Newspaper: The weekly Ottumwa courier. [volume]
Place of publication: Ottumwa, Iowa
Publisher: J.W. & G.P. Norris
Date: 1860-02-02 00:00:00
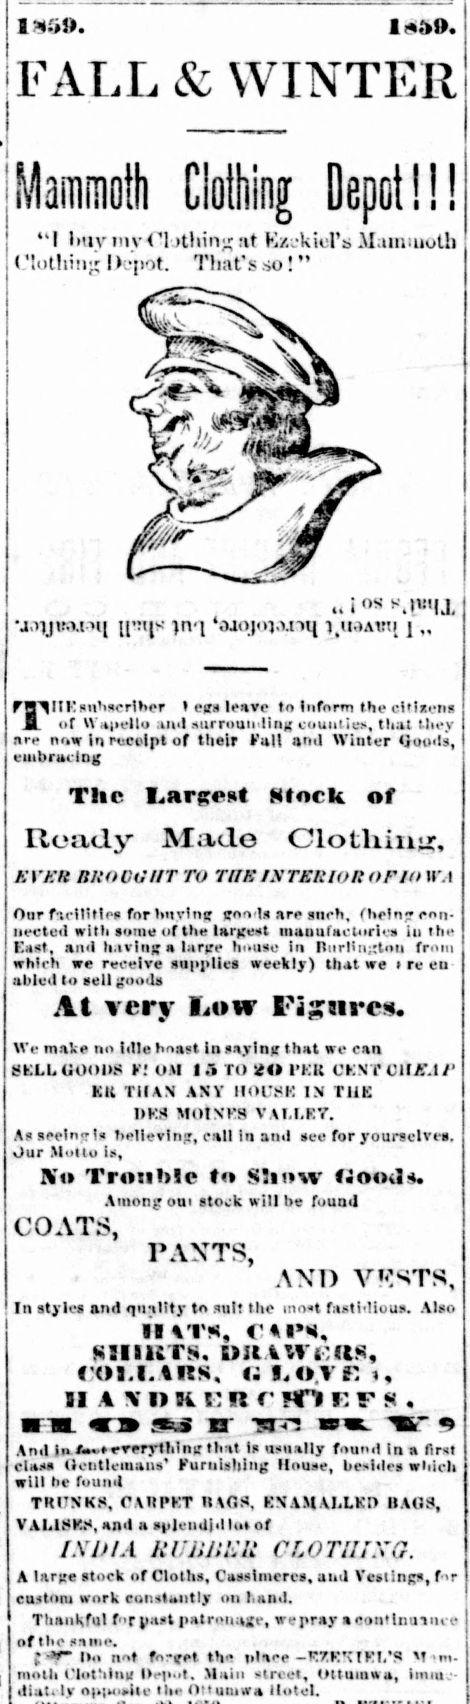
Advertisement text (OCR):
'Vimilli 1 i (FALL & WINTER Mammoth Clothing Depot!!! "I I my inv4 thiii^ nt E/.jkiel'si Mamiuoth i (Mothinj I ):-[iot. Tlnit's so! FH^IIKswhacriber egs tear* te lsAm tko sttlaem JL of Wapello and surrounding counties, that they nre nnw In receipt of their Fall and Winter Qoadi, embracing The I„arsest Ntock of Ready Made CloLliittyr, ATA"® BROCiiHT TO TBS INTERIOR OFIO WA Our f-.cilitles for buv'ng go-i is are such. Hieing con nected with some of the largest mauiitactori s in the Last, and having a large h-oise in nor|i i ton from which we receive supplies weekly) that we re en ablvd to sell goods Al very Low Figures. We make no Idle boast in saying that we can tfKLL GOODS F! OM 15 TO 2» I'KU CKNT OllUTi/5 KK THAN ANY IHM SI-: IN THE DKS MOlNKS VAI.LR7. As seeing Is hellevlng, call In and see fl»r youfOelTea, Our Motto Is, Ku Trouble to Slmw fJoodi. Among oui stock will be found COATS, PANTS, AND VESTS, In Styles and quality to ^ult the Mt fasti'lioaSL Alao II *T«i, M, siiiKis, pit oi.i.tHs, i i.ov 91 A I) i: MT'» F. SI m~n w -m-n ^tr Ami in everything that Is usually found in a first class iei:tleinaiis' Furnishing House, besides which will tic found TKCNKS, CARPKT «\C.S, ENAMALLKO BAGS, VAL1SKS, and a sp)eiidiillo» of IXDIA RUBBER CLOTIIIXQ. A large stock of Cloths, Casslmeres, aud Vesting*, custom work constantly on hand. Thankful f'Tpast |iatronage, wepray a ooti'lnunu e of tbe same. l-*r- l., not fo-get the i»laee -RTK'\ IKL'S M-m- moth t'iot'iing Oep.it. Main street, Ottuuia*, Inuuc diat. Iv npiumile the Ottuoiwa Hotel. OS s4|i»t|x 'j.^jvayisq ymjK jnq 'aiojojarwj yiaavti for
Label: illustrations